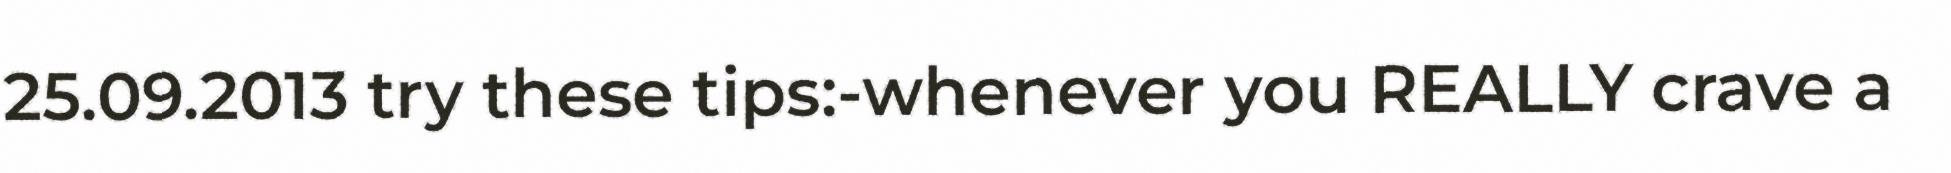
25.09.2013 try these tips:-whenever you REALLY crave a